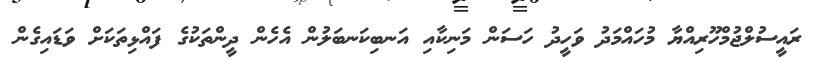
ރައީސުލްޖުމްހޫރިއްޔާ މުހައްމަދު ވަހީދު ހަސަން މަނިކާއި އަނބިކަނބަލުން އެހެން ދީންތަކުގެ ފައްޅިތަކަށް ވަޑައިގެން